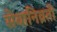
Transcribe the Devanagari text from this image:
सेवानिव्रती